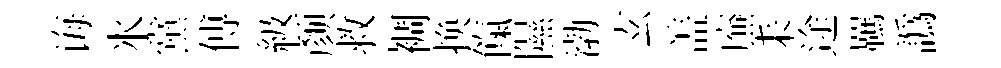
诲氷黨傅級颜救裯换餼隰渤玄盖㢘耒途羈譌